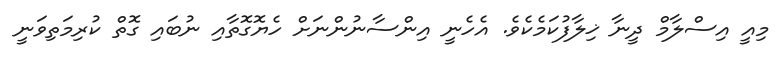
މިއީ އިސްލާމް ދީނާ ޚިލާފުކަމެކެވެ. އެހެނީ އިންސާނުންނަށް ހެޔޮގޮތާއި ނުބައި ގޮތް ކުރިމަތިވަނީ